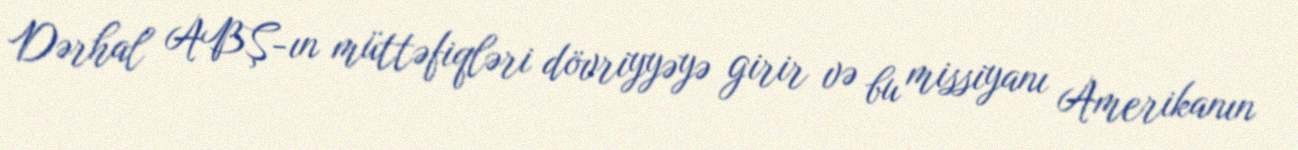
Dərhal ABŞ-ın müttəfiqləri dövriyyəyə girir və bu missiyanı Amerikanın